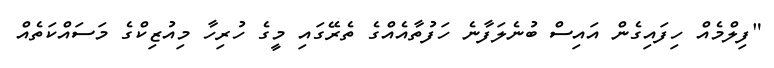
"ފިލްމެއް ހިފައިގެން އައިސް ބުނެލަފާނެ ހަފުތާއެއްގެ ތެރޭގައި މީގެ ހުރިހާ މިއުޒިކްގެ މަސައްކަތެއް